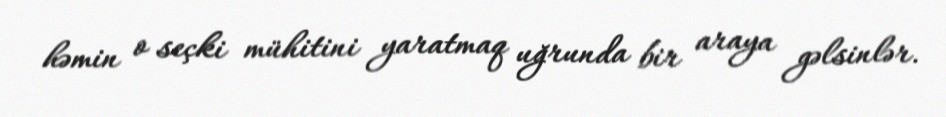
həmin o seçki mühitini yaratmaq uğrunda bir araya gəlsinlər.